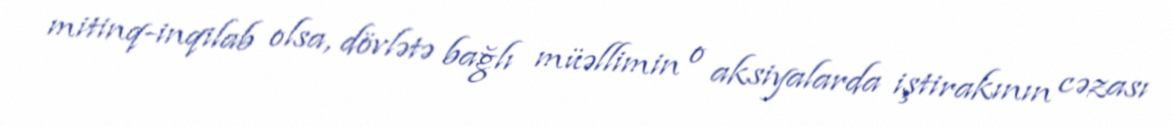
mitinq-inqilab olsa, dövlətə bağlı müəllimin o aksiyalarda iştirakının cəzası